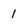
Character: 1